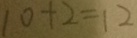
1 0 + 2 = 1 2